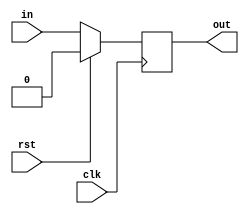
`timescale 1ns / 1ps
//////////////////////////////////////////////////////////////////////////////////
// Company: 
// Engineer: 
// 
// Design Name: 
// Module Name: d_ff
// Project Name: 
// Target Devices: 
// Tool Versions: 
// Description: 
// 
// Dependencies: 
// 
// Revision:
// Revision 0.01 - File Created
// Additional Comments:
// 
//////////////////////////////////////////////////////////////////////////////////


module d_ff(in,out,clk,rst);
input in,clk,rst;
output reg out;

always@(posedge clk)
    begin
        if(rst) out =0; 
        else out = in;  
    
    end

endmodule